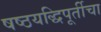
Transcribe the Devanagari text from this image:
षष्ठयद्धिपूर्तीचा